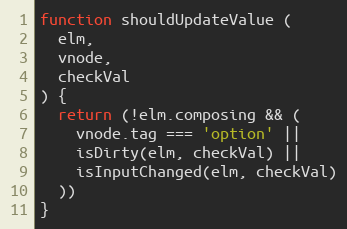
Language: JavaScript
function shouldUpdateValue (
  elm,
  vnode,
  checkVal
) {
  return (!elm.composing && (
    vnode.tag === 'option' ||
    isDirty(elm, checkVal) ||
    isInputChanged(elm, checkVal)
  ))
}